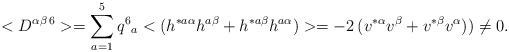
LaTeX: \begin{align*}<D^{\alpha \beta \,6}> = \sum_{a=1}^{5} q^6{}_a <( h^{* a \alpha} h^{a\beta} + h^{* a \beta} h^{a \alpha})> = -2 \, ( v^{* \alpha} v^{\beta} + v^{* \beta} v^{ \alpha})) \neq 0 .\end{align*}